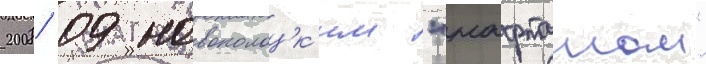
2008/ 09 новополоцк'им "нафтаном"